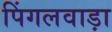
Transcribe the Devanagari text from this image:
पिंगलवाड़ा